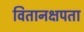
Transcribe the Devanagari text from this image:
वितानक्षपता